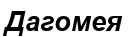
Дагомея